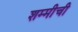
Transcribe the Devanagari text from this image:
शम्मीची